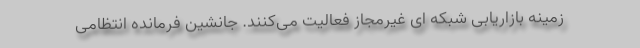
زمینه بازاریابی شبکه ای غیرمجاز فعالیت می‌کنند. جانشین فرمانده انتظامی